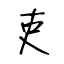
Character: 吏